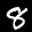
Digit: 8